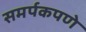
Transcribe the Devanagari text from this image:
समर्पकपणे